Scottish Education Department, 1924
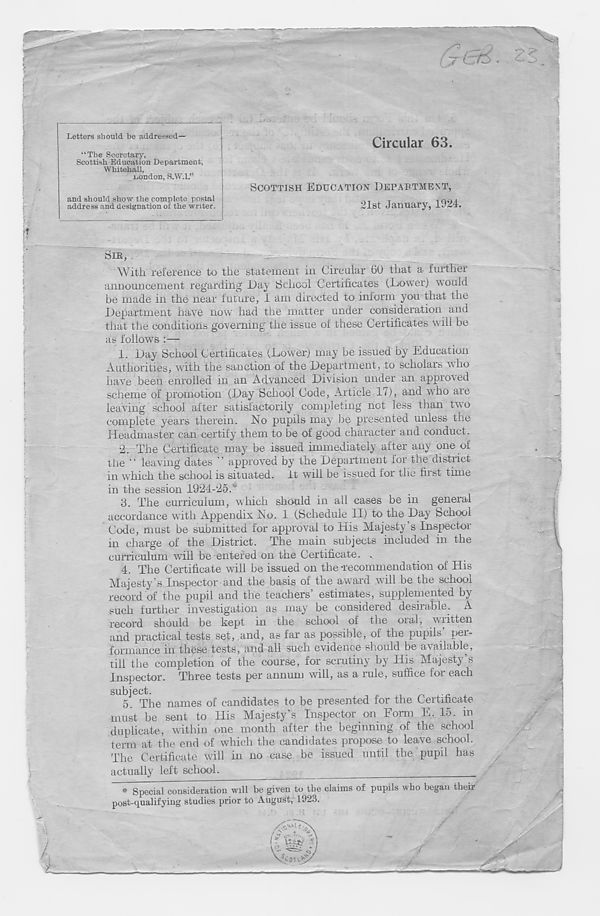
*5
Letters should be addressed—
“The Secretary,
Scottish Education Department,
Whitehall,
ijondon, S.W.l.”
and should show the complete postal
address and designation of the writer.
Circular 63.
SCOTTISH EDUCATION DEPABTMENT,
21st January, 1924.
>n
! 1
SIR,
~
With reference to the statement in Circular 60 that a further
announcement regarding Day School Certificates (Lower) would
be made in the near future, 1 am directed to inform you that the
Department have now had the matter under consideration and
that the conditions governing the issue of these Certificates will he
as follows :—
1. Day School Certificates (Lower) may be issued by Education
Authorities, with the sanction of the Department, to scholars who
have been enrolled in an Advanced Division under an approved
scheme of promotion (Day School Code, Article 17), and who are
leaving school after satisfactorily completing not less than two
complete years therein. No pupils may be presented unless the
Headmaster can certify them to be of good character and conduct.
2. The Certificate may be issued immediately after any one of
the ‘ ‘ leaving dates ' ’ approved by the Department for the district
in which the school is situated, it will be issued for the fiist time
in the session 1924-25. w
3. The curriculum, which should in all cases be in general
accordance with Appendix No. 1 (Schedule II) to the Day School
Code, must be submitted for approval to His Majesty’s Inspector
in charge of the District. The main subjects included in the
curriculum will be entered on the Certificate. .
4. The Certificate will be issued on the Tecommendation of His
Majesty’s Inspector and the basis of the award will he the school
record of the pupil and the teachers’ estimates, supplemented by
such further investigation as may be considered desirable. A
record should be kept in the school of the oral, written
and practical tests set, and, as far as possible, of the pupils’ per-
formance in these tests, and all such evidence should be available,
till the completion of the course, for scrutiny by His Majesty s
Inspector. Three tests per annum will, as a rule, suffice for each
subject.
^
5. The names of candidates to be presented for the Certificate
must be sent to His Majesty’s Inspector on Form E. 15. in
duplicate, within one month after the beginning of the school
term at the end of which the candidates propose to leave school.
The Certificate will in no case be issued until the pupil has
actually left school.
» Special consideration will be given to the claims of pupils who began their
post-qualifying studies prior to August, 1923.
/
H
A.